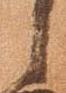
之